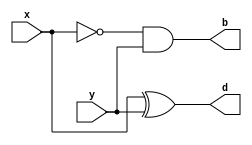
module half_subtractor(x,y,d,b);

input x, y;
wire not_a;
output d, b;

assign d = x ^ y;
assign b = ~x & y;

endmodule

module half_subtractor_tb;

reg x,y;
wire d,b;

half_subtractor hs (.x (x),.y (y),.d (d),.b (b));

initial begin
	$monitor ("x=%b, y=%b, d=%b, b=%b",x,y,d,b);
	x=0; y=0;
	#5 x=0; y=1;
	#5 x=1; y=0;
	#5 x=1; y=1;
	#5 $finish;
end

endmodule

/*Output:
x=0, y=0, d=0, b=0
x=0, y=1, d=1, b=1
x=1, y=0, d=1, b=0
x=1, y=1, d=0, b=0*/